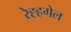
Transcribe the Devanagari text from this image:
रेह्हगेल